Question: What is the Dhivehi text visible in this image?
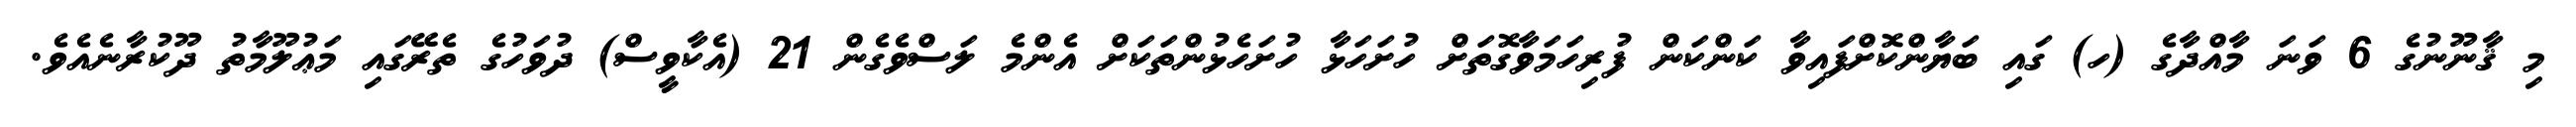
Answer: މި ޤާނޫނުގެ 6 ވަނަ މާއްދާގެ (ހ) ގައި ބަޔާންކޮށްފައިވާ ކަންކަން ފުރިހަމަވާގޮތަށް ހުށަހަޅާ ހުށަހެޅުންތަކަށް އެންމެ ލަސްވެގެން 21 (އެކާވީސް) ދުވަހުގެ ތެރޭގައި މަޢުލޫމާތު ދޫކުރާނެއެވެ.